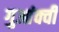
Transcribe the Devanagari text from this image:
गुआंक्वी